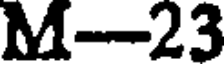
M-23